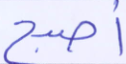
أصبح